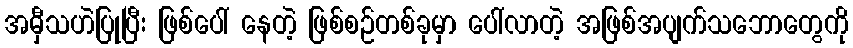
အမှီသဟဲပြုပြီး ဖြစ်ပေါ် နေတဲ့ ဖြစ်စဉ်တစ်ခုမှာ ပေါ်လာတဲ့ အဖြစ်အပျက်သဘောတွေကို